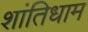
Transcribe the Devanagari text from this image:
शांतिधाम